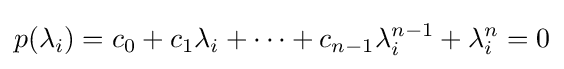
p(\lambda _{i})=c_{0}+c_{1}\lambda _{i}+\cdots +c_{n-1}\lambda _{i}^{n-1}+\lambda _{i}^{n}=0